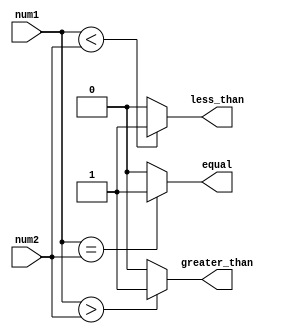
module magnitude_comparator(
    input [7:0] num1,
    input [7:0] num2,
    output greater_than,
    output less_than,
    output equal
);

assign greater_than = (num1 > num2) ? 1'b1 : 1'b0;
assign less_than = (num1 < num2) ? 1'b1 : 1'b0;
assign equal = (num1 == num2) ? 1'b1 : 1'b0;

endmodule